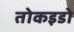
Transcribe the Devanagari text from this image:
तोकइडो